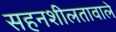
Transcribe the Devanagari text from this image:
सहनशीलतावाले